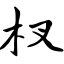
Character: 杈